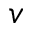
v